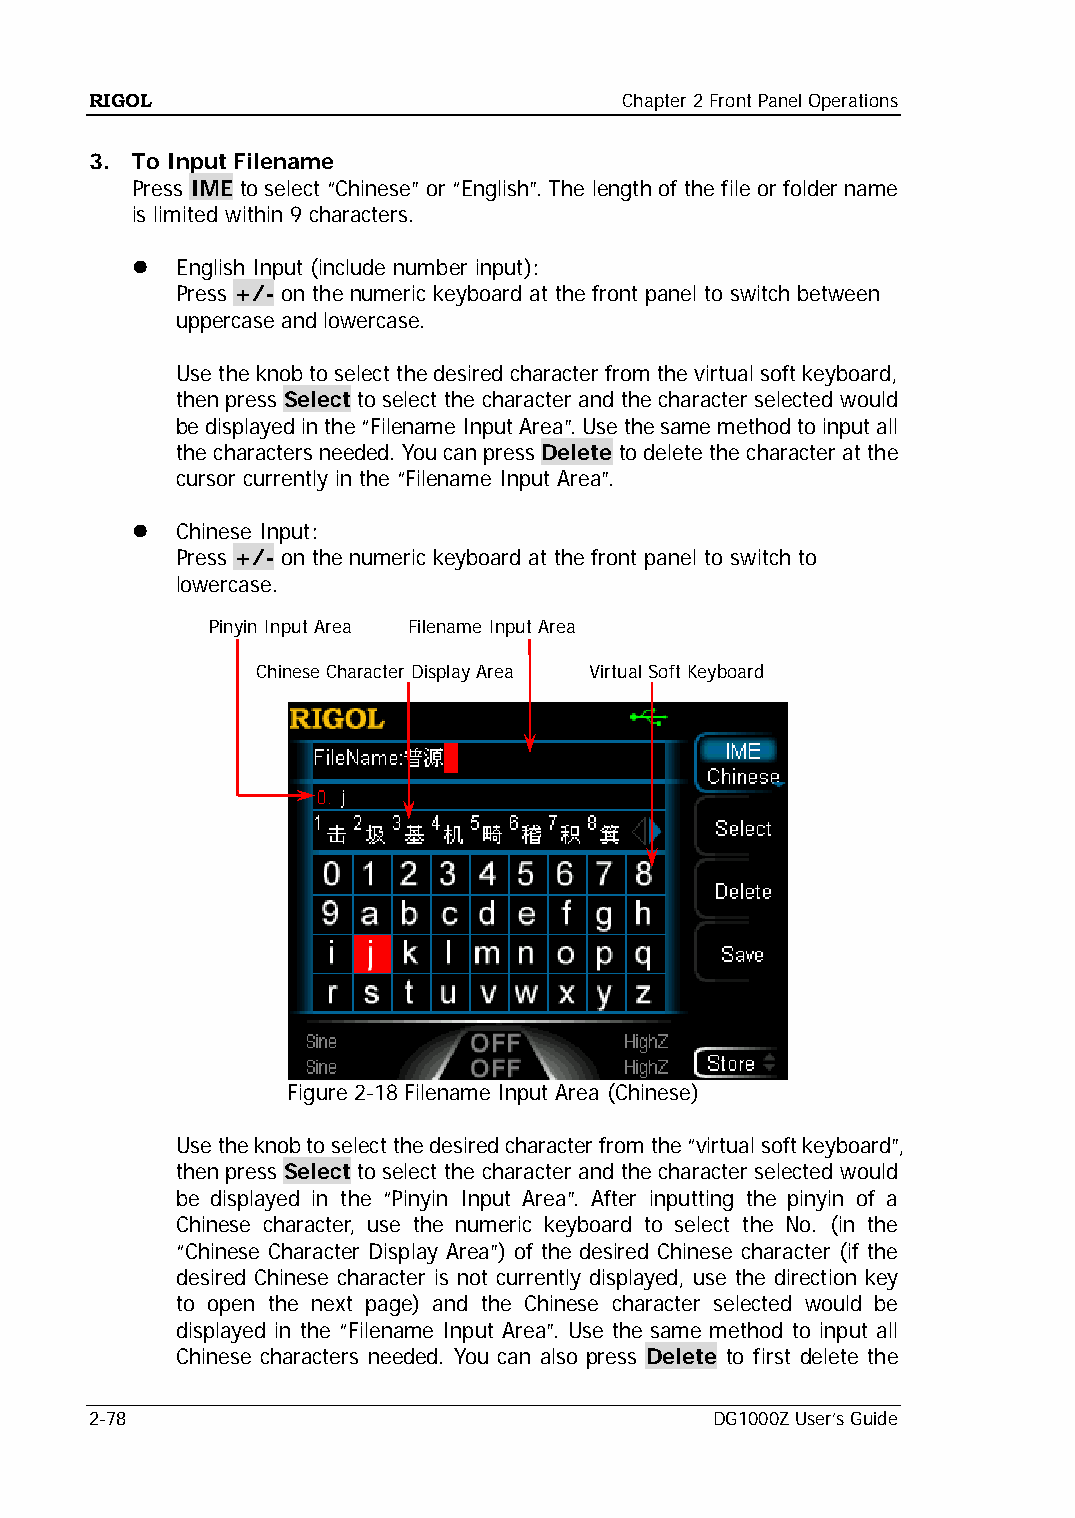
RIGOL                              Chapter 2 Front Panel Operations
 3. To Input Filename
 Press IME to select “Chinese” or “English”. The length of the file or folder name
 is limited within 9 characters.
   English Input (include number input):
 Press +/- on the numeric keyboard at the front panel to switch between
 uppercase and lowercase.
 Use the knob to select the desired character from the virtual soft keyboard,
 then press Select to select the character and the character selected would
 be displayed in the “Filename Input Area”. Use the same method to input all
 the characters needed. You can press Delete to delete the character at the
 cursor currently in the “Filename Input Area”.
   Chinese Input:
 Press +/- on the numeric keyboard at the front panel to switch to
 lowercase.
 Pinyin Input Area Filename Input Area
 Chinese Character Display Area Virtual Soft Keyboard
 Figure 2-18 Filename Input Area (Chinese)
 Use the knob to select the desired character from the “virtual soft keyboard”,
 then press Select to select the character and the character selected would
 be displayed in the “Pinyin Input Area”. After inputting the pinyin of a
 Chinese character, use the numeric keyboard to select the No. (in the
 “Chinese Character Display Area”) of the desired Chinese character (if the
 desired Chinese character is not currently displayed, use the direction key
 to open the next page) and the Chinese character selected would be
 displayed in the “Filename Input Area”. Use the same method to input all
 Chinese characters needed. You can also press Delete to first delete the
 2-78                                     DG1000Z User’s Guide